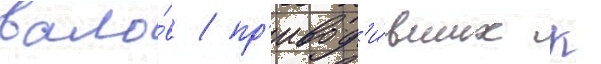
вало́в / пр'ивод'и́вших к